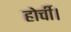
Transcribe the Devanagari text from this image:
होर्ची।